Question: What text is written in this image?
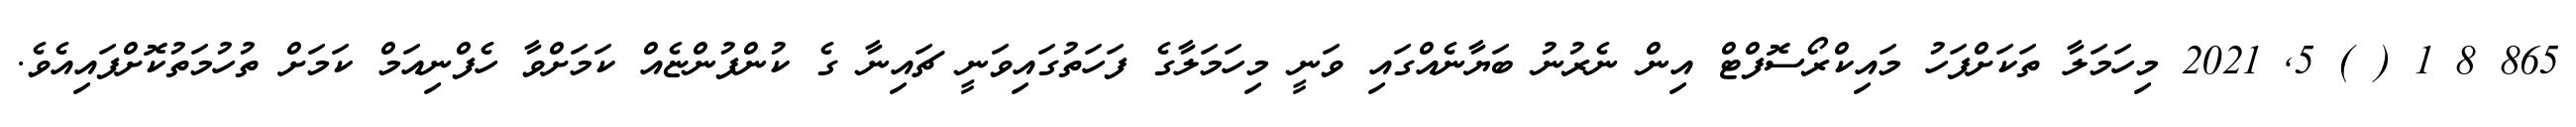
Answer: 865 8 1 ( ) 5, 2021 މިހަމަލާ ތަކަށްފަހު މައިކްރޯސޮފްޓް އިން ނެރުނު ބަޔާނެއްގައި ވަނީ މިހަމަލާގެ ފަހަތުގައިވަނީ ޗައިނާ ގެ ކުންފުންޏެއް ކަމަށްވާ ހެފްނިއަމް ކަމަށް ތުހުމަތުކޮށްފައިއެވެ.